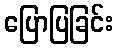
ပြောပြခြင်း